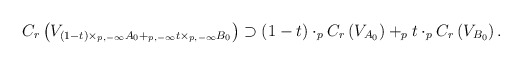
\begin{align*} C_r \left(V_{(1-t) \times_{p,-\infty} A_0 +_{p,-\infty} t \times_{p,-\infty} B_0} \right) \supset (1-t) \cdot_p C_r\left(V_{A_0}\right) +_p t \cdot_p C_r\left(V_{B_0}\right) . \end{align*}